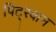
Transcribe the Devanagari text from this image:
पिट्स्वान